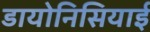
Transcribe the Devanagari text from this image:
डायोनिसियाई